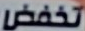
تخفض